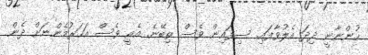
ހުންނާނީ ދިދަ އެލުވާފައި. ސިފައިން ވެސް ތިބޭނެ. އެއީ ވެސް އަހަރުމެންނަށް ދެން